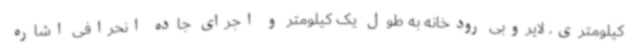
کیلومتری، لایروبی رودخانه به طول یک کیلومتر و اجرای جاده انحرافی اشاره